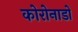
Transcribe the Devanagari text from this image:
कोरोनाडो